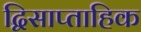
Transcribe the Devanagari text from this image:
द्विसाप्‍ताहिक